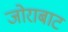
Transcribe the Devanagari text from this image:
जोराबाट